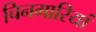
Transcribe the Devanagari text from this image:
चिनगारियां